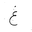
Letter: _gayn